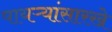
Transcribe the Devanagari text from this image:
पायऱ्यांसारखे